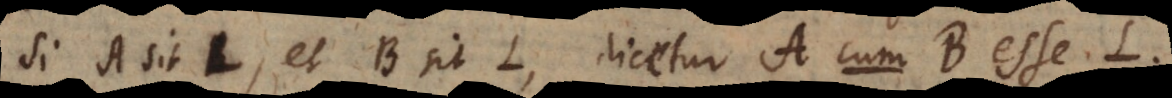
Si A sit L, et B sit L, dicetur A cum B esse L.